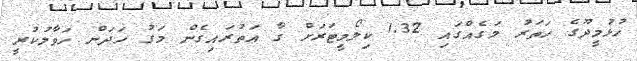
ހުޅުމީދޫގެ ހަތަރު މަގެއްގައި 1.32 ކިލޯމީޓަރަށް ގާ އަތުރައިގެން މަގު ހަދަން ހަވާލުކުރީ